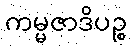
ကမ္မဇာဒိပဉ္စ